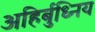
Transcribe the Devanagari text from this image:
अहिर्बुध्निय